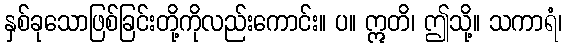
နှစ်ခုသောဖြစ်ခြင်းတို့ကိုလည်းကောင်း။ ပ။ ဣတိ၊ ဤသို့။ သကာရံ၊